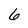
Character: 6